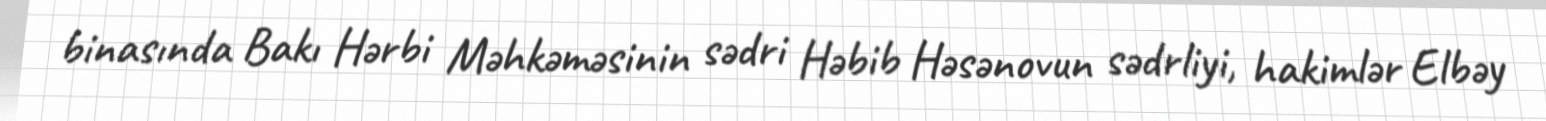
binasında Bakı Hərbi Məhkəməsinin sədri Həbib Həsənovun sədrliyi, hakimlər Elbəy